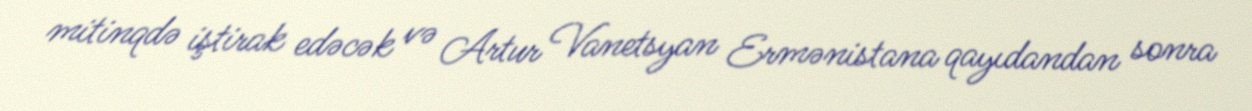
mitinqdə iştirak edəcək və Artur Vanetsyan Ermənistana qayıdandan sonra